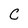
Character: C